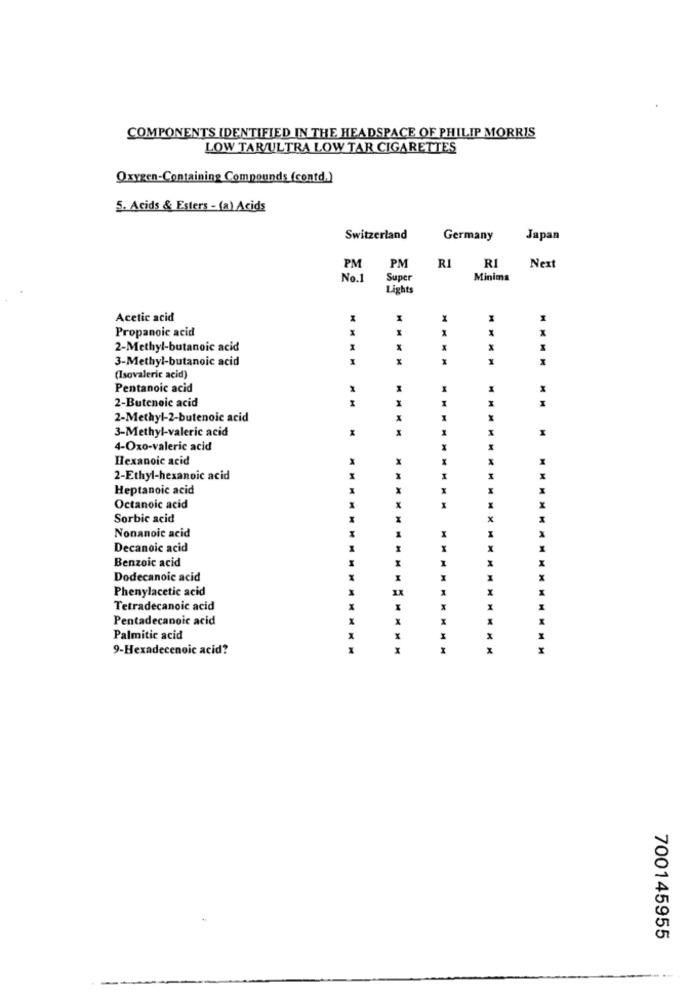
COMPONENTS IDENTIFIED IN THE HEADSPACE OF PHILIP MORRIS
LOW TAR/ULTRA LOW TAR CIGARETTES
Oxygen-Containing Compounds (contd.)
5. Acids & Esters -(a) Acids
Switzerland
Germany
Japan
PM
RI
PM
RI
Next
No.1
Super
Minima
Lights
Acetic acid
Propanoic acid
M
2-Methyl-butanoic acid
1
3-Methyl-butanoic acid
(Isovaleric acid)
Pentanoic acid
2-Butenoic acid
M
I
X
2-Methyl-2-butenoic acid
H
3-Methyl-valeric acid
X
M
4-Oxo-valeric acid
X
Hexanoic acid
M
2-Ethyl-hexanoic acid
I
MM
Heptanoic acid
M
Octanoic acid
X
Sorbic acid
x
Nonanoic acid
M
Decanoic acid
X
Benzoic acid
X
Dodecanoic acid
Phenylacetic acid
IX
X
Tetradecanoic acid
Pentadecanoic acid
H
Palmitic acid
X
9-Hexadecenoic acid?
M
700145955